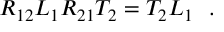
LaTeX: R _ { 1 2 } L _ { 1 } R _ { 2 1 } T _ { 2 } = T _ { 2 } L _ { 1 } ~ ~ .